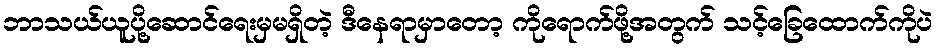
ဘာသယ်ယူပို့ဆောင်ရေးမှမရှိတဲ့ ဒီနေရာမှာတော့ ကိုရောက်ဖို့အတွက် သင့်ခြေထောက်ကိုပဲ